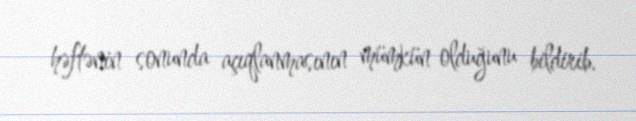
həftənin sonunda açıqlanmasının mümkün olduğunu bildirib.